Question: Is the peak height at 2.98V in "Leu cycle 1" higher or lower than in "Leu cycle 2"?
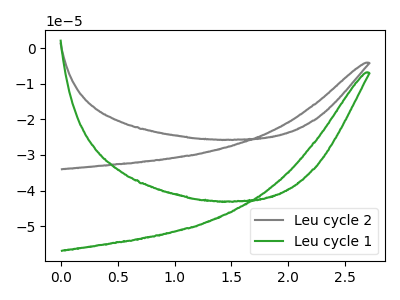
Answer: <think>The gray curve "Leu cycle 2" has no peaks. The green curve "Leu cycle 1" has no peaks.</think>
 <answer>"Leu cycle 1" and "Leu cycle 2" dont share a peak at 2.98V.</answer>
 <eval>mismatch</eval>